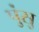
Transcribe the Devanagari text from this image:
पुंसु